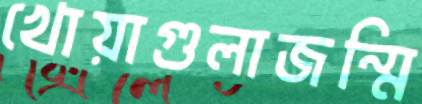
খোয়াগুলাজন্মি